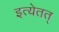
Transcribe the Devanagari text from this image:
इत्येतत्